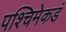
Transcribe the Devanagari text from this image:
पश्‍चिमेकडं